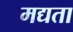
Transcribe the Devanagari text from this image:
मद्यता